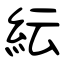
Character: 紜